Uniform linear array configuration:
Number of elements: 4
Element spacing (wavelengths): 1
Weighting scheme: blackman
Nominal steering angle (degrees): -30
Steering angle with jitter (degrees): -29.425
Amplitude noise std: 0.05
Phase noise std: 0.05

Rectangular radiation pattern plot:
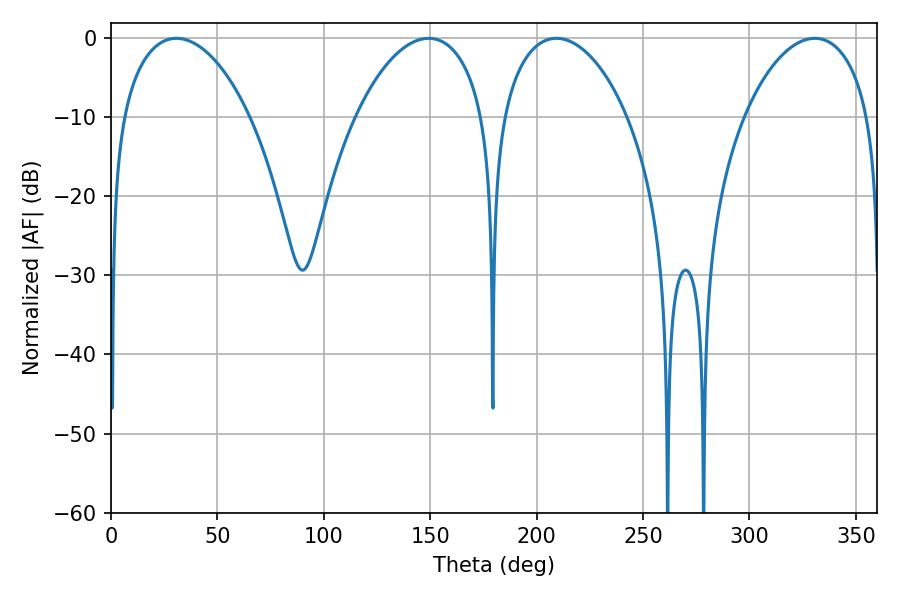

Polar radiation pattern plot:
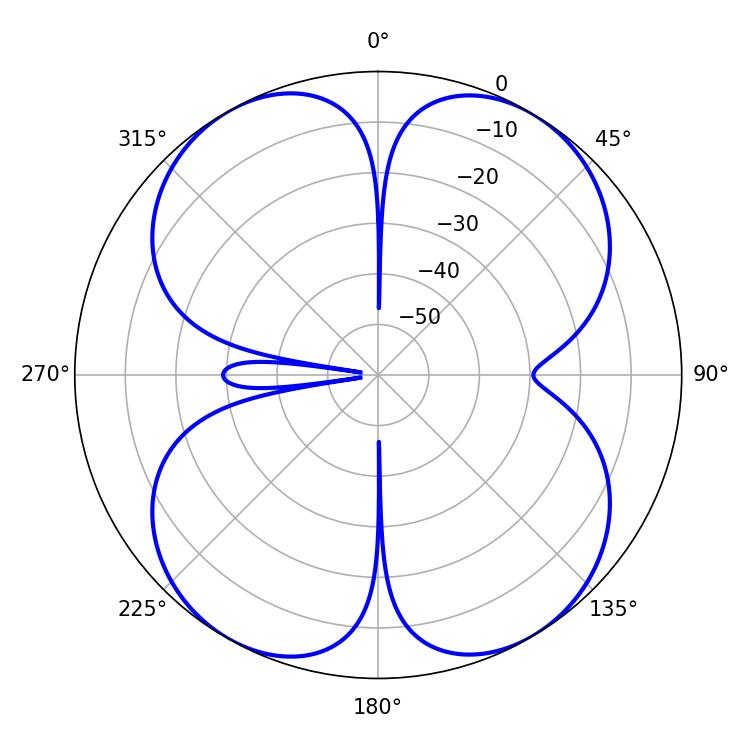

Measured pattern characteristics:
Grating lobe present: TRUE
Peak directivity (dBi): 16.425
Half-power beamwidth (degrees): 33.66
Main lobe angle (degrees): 209.34